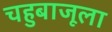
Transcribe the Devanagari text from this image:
चहुबाजूला